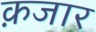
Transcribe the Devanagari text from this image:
क़जार